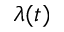
\lambda ( t )